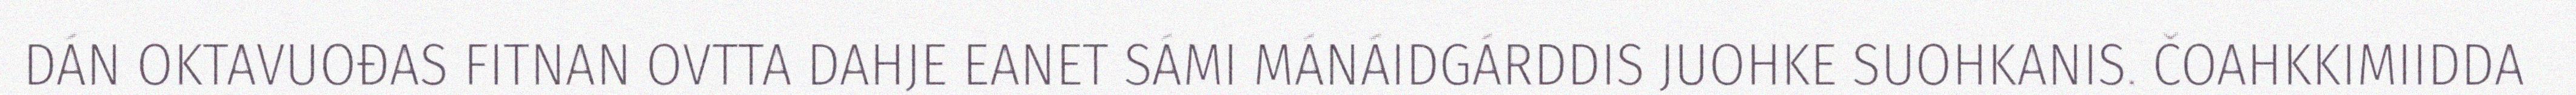
DÁN OKTAVUOĐAS FITNAN OVTTA DAHJE EANET SÁMI MÁNÁIDGÁRDDIS JUOHKE SUOHKANIS. ČOAHKKIMIIDDA